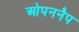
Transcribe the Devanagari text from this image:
ओपननैप